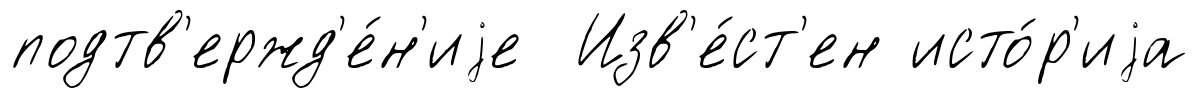
подтв'ержд'е́н'иjе Изв'е́ст'ен исто́р'иjа